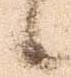
候